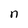
Character: n